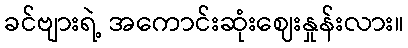
ခင်ဗျားရဲ့ အကောင်းဆုံးဈေးနှုန်းလား။